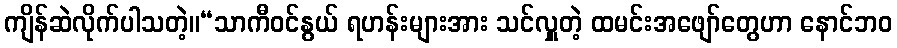
ကျိန်ဆဲလိုက်ပါသတဲ့။“သာကီဝင်နွယ် ရဟန်းများအား သင်လှူတဲ့ ထမင်းအဖျော်တွေဟာ နောင်ဘဝ